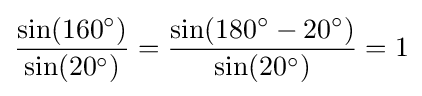
{\frac {\sin(160^{\circ })}{\sin(20^{\circ })}}={\frac {\sin(180^{\circ }-20^{\circ })}{\sin(20^{\circ })}}=1